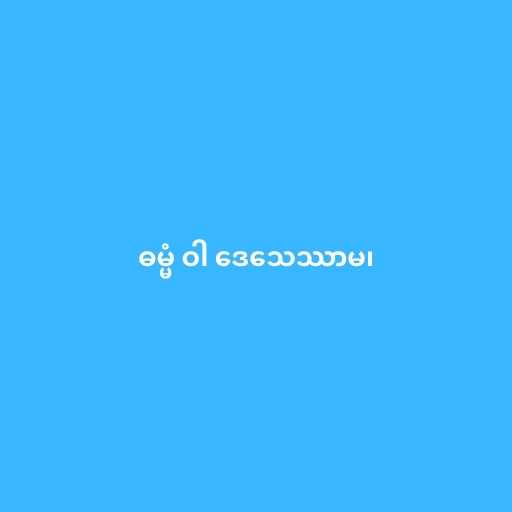
ဓမ္မံ ဝါ ဒေသေဿာမ၊